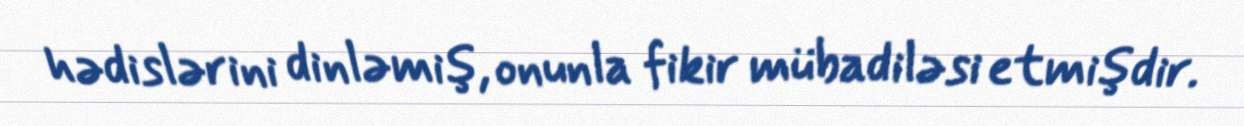
hədislərini dinləmiş, onunla fikir mübadiləsi etmişdir.